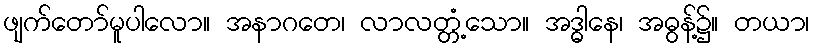
ဖျက်တော်မူပါလော။ အနာဂတေ၊ လာလတ္တံ့သော။ အဒ္ဓါနေ၊ အဓွန့်၌။ တယာ၊